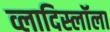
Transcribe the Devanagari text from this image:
व्लादिस्लॉला